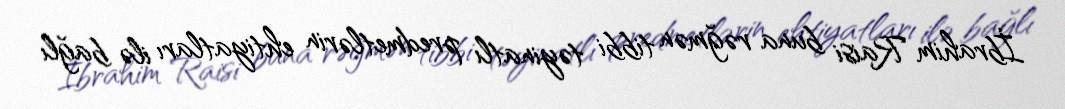
İbrahim Raisi buna rəğmən tibbi təyinatlı predmetlərin ehtiyatları ilə bağlı